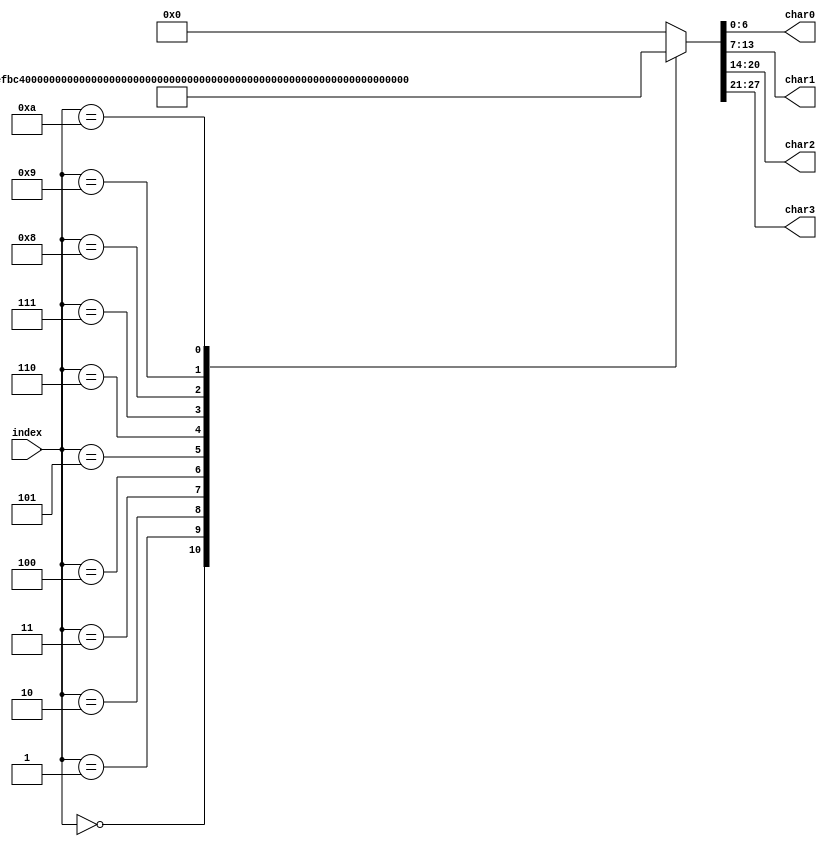
module chars_lib(
    input [3:0] index,  // 4-bit input index to select the word
    output reg [6:0] char0,
    output reg [6:0] char1,
    output reg [6:0] char2,
    output reg [6:0] char3
);

    // Define character patterns for 7-segment display
    reg [6:0] A, B, C, D, E, F, G ,I ,R, U, L, N, T, S, O, J, H;

    // Initialize the character patterns
    initial begin
        A = 7'b1110111; // 'A'
        B = 7'b1111100; // 'B'
        C = 7'b0111001; // 'C'
        D = 7'b1011110; // 'D'
        E = 7'b1111001; // 'E'
        F = 7'b1110001; // 'F'
        L = 7'b0111000; // 'L'
        N = 7'b1010100; // 'N'
        R = 7'b1010000; // 'R'
        T = 7'b1111000; // 'T'
        U = 7'b0111110; // 'U'
        S = 7'b1011011; // 'S' (Same as '5')
        O = 7'b0111111; // 'O' (Same as '0')
        J = 7'b0011110; // 'J'
        H = 7'b1110110; // 'H'
        G = 7'b1111011; // 'G' (Same as '6')
        I = 7'b0000110; // 'I' (Same as '1')
    end

    // Logic to select the characters based on the input index
    always @(*) begin
        case(index)
            0: {char3, char2, char1, char0} = {F, R, E, E};         // "FREE"
            1: {char3, char2, char1, char0} = {A, U, T, O};         // "AUTO"
            2: {char3, char2, char1, char0} = {L, R, N, 7'b0000000}; // "LRN "
            3: {char3, char2, char1, char0} = {A, 7'b0000000, 7'b0000000, 7'b0000000}; // "A   "
            4: {char3, char2, char1, char0} = {B, 7'b0000000, 7'b0000000, 7'b0000000}; // "B   "
            5: {char3, char2, char1, char0} = {C, 7'b0000000, 7'b0000000, 7'b0000000}; // "C   "
            6: {char3, char2, char1, char0} = {D, 7'b0000000, 7'b0000000, 7'b0000000}; // "D   "
            7: {char3, char2, char1, char0} = {S, E, T, 7'b0000000}; // "SET "
            //"OTJ"
            8: {char3, char2, char1, char0} = {O, T, J, 7'b0000000};
            //HB
            9: {char3, char2, char1, char0} = {H, B, 7'b0000000, 7'b0000000};
            //LL
            10: {char3, char2, char1, char0} = {L, L, 7'b0000000, 7'b0000000};
            default: {char3, char2, char1, char0} = {7'b0000000, 7'b0000000, 7'b0000000, 7'b0000000}; // Blank
        endcase
    end

endmodule